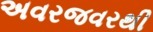
અવરજવરથી